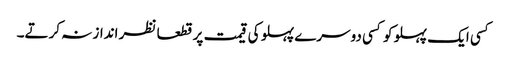
کسی ایک پہلو کو کسی دوسرے پہلو کی قیمت پر قطعا نظر انداز نہ کرتے۔